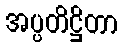
အပ္ပတိဋ္ဌိတာ